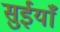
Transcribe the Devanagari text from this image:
सुईयाँ